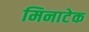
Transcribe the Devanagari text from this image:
मिनाटेक